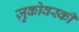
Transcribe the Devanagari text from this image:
ज़ुकोवस्की